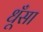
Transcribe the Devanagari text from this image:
धूँसा